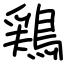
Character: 鶏